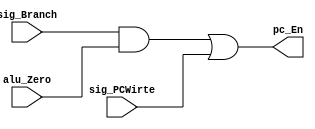
module Control_Branch( 
    sig_Branch,
    alu_Zero,
    sig_PCWirte,
    pc_En
    );

    input sig_Branch;
    input alu_Zero;
    input sig_PCWirte;
    output pc_En;

    wire out1,out2;
    assign out1 = sig_Branch & alu_Zero;
    assign pc_En = out1 | sig_PCWirte;

endmodule